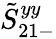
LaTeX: \tilde{S}_{21-}^{yy}